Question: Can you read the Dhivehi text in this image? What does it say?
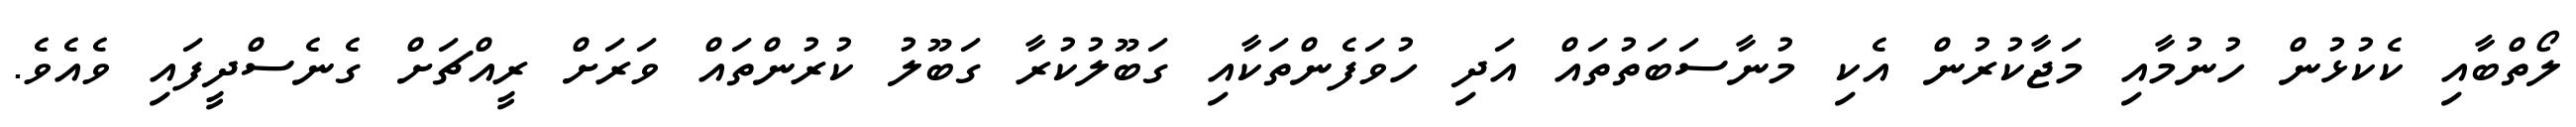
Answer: ލޯތްބާއި ކެކުޅުން ހުނުމާއި މަޖާކުރުން އެކި މުނާސަބަތުތައް އަދި ހުވަފެންތަކާއި ގަބޫލުކުރާ ގަބޫލު ކުރުންތައް ވަރަށް ރީއްޗަށް ގެނެސްދީފައި ވެއެވެ.